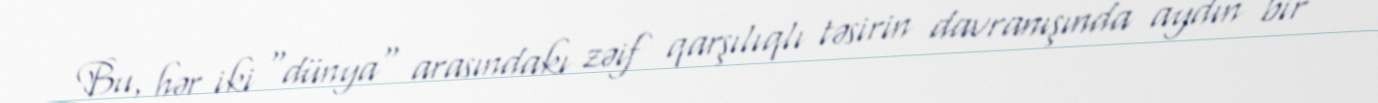
Bu, hər iki "dünya" arasındakı zəif qarşılıqlı təsirin davranışında aydın bir